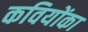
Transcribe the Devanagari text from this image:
कवियोंका